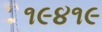
૧૯૪૧૯